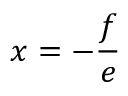
x = - { \frac { f } { e } }